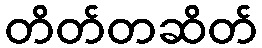
တိတ်တဆိတ်